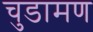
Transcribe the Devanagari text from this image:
चुडामण